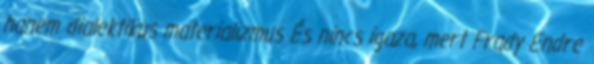
hanem dialektikus materializmus És nincs igaza, mert Frady Endre